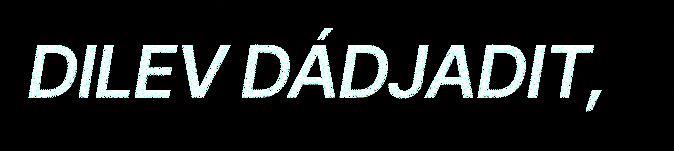
DILEV DÁDJADIT,